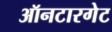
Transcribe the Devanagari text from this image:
ऑनटारगेट